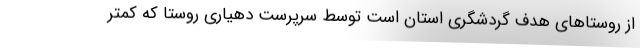
از روستاهای هدف گردشگری استان است توسط سرپرست دهیاری روستا که کمتر